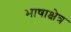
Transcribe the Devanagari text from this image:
भाषाक्षेत्र